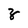
Character: z